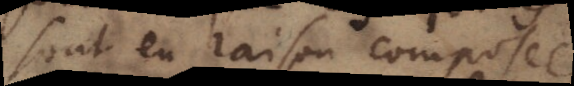
sont en raison composée